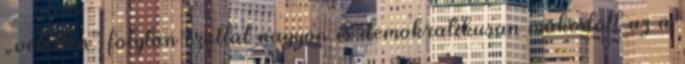
„véletlen” folytán ezúttal nagyon is demokratikusan működött az a